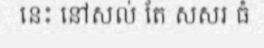
នេះ នៅសល់ តែ សសរ ធំ